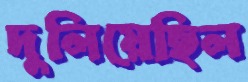
দুলিয়েছিল